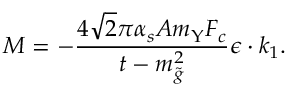
M = - \frac { 4 \sqrt 2 \pi \alpha _ { s } A m _ { \Upsilon } F _ { c } } { t - m _ { \tilde { g } } ^ { 2 } } \epsilon \cdot k _ { 1 } .